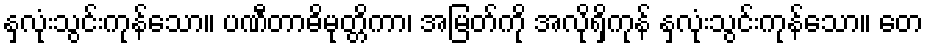
နှလုံးသွင်းကုန်သော။ ပဏီတာဓိမုတ္တိကာ၊ အမြတ်ကို အလိုရှိကုန် နှလုံးသွင်းကုန်သော။ တေ